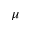
\mu